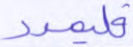
فليمدد